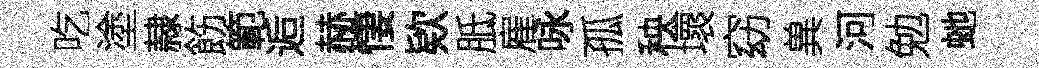
吃塗隷飭範逅赫悽欵胝雇咏孤秧壞窈兾河勉虵